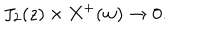
LaTeX: J _ { 2 } ( z ) \times X ^ { + } ( w ) \rightarrow 0 .